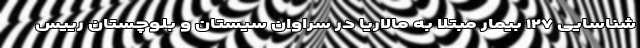
شناسایی ۱۲۷ بیمار مبتلا به مالاریا در سراوان سیستان و بلوچستان رییس